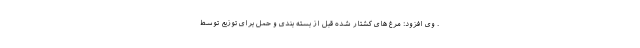
. وی افزود: مرغ های کشتار شده قبل از بسته بندی و حمل برای توزیع توسط